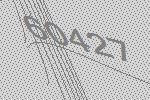
60427